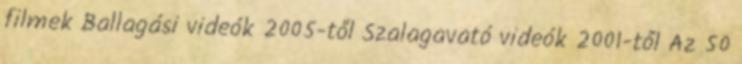
filmek Ballagási videók 2005-től Szalagavató videók 2001-től Az 50